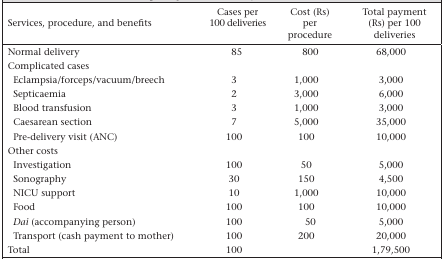
| Services, procedure, and benefits | Cases per 100 deliveries | Cost (Rs) per procedure | Total payment (Rs) per 100 deliveries |
 | --- | --- | --- | --- |
 | Normal delivery | 85 | 800 | 68,000 |
 | <COLSPAN=4> Complicated cases |
 | Eclampsia/forceps/vacuum/breech | 3 | 1,000 | 3,000 |
 | Septicaemia | 2 | 3,000 | 6,000 |
 | Blood transfusion | 3 | 1,000 | 3,000 |
 | Caesarean section | 7 | 5,000 | 35,000 |
 | Pre-delivery visit (ANC) | 100 | 100 | 10,000 |
 | <COLSPAN=4> Other costs |
 | Investigation | 100 | 50 | 5,000 |
 | Sonography | 30 | 150 | 4,500 |
 | NICU support | 10 | 1,000 | 10,000 |
 | Food | 100 | 100 | 10,000 |
 | Dai (accompanying person) | 100 | 50 | 5,000 |
 | Transport (cash payment to mother) | 100 | 200 | 20,000 |
 | Total | 100 |  | 1,79,500 |